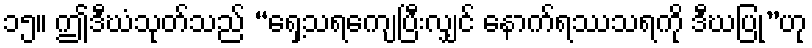
၁၅။ ဤဒီဃံသုတ်သည် “ရှေ့သရကျေပြီးလျှင် နောက်ရဿသရကို ဒီဃပြု”ဟု